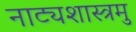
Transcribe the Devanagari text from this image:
नाट्यशास्त्रमु